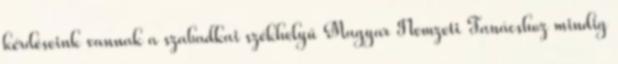
kérdéseink vannak a szabadkai székhelyű Magyar Nemzeti Tanácshoz mindig